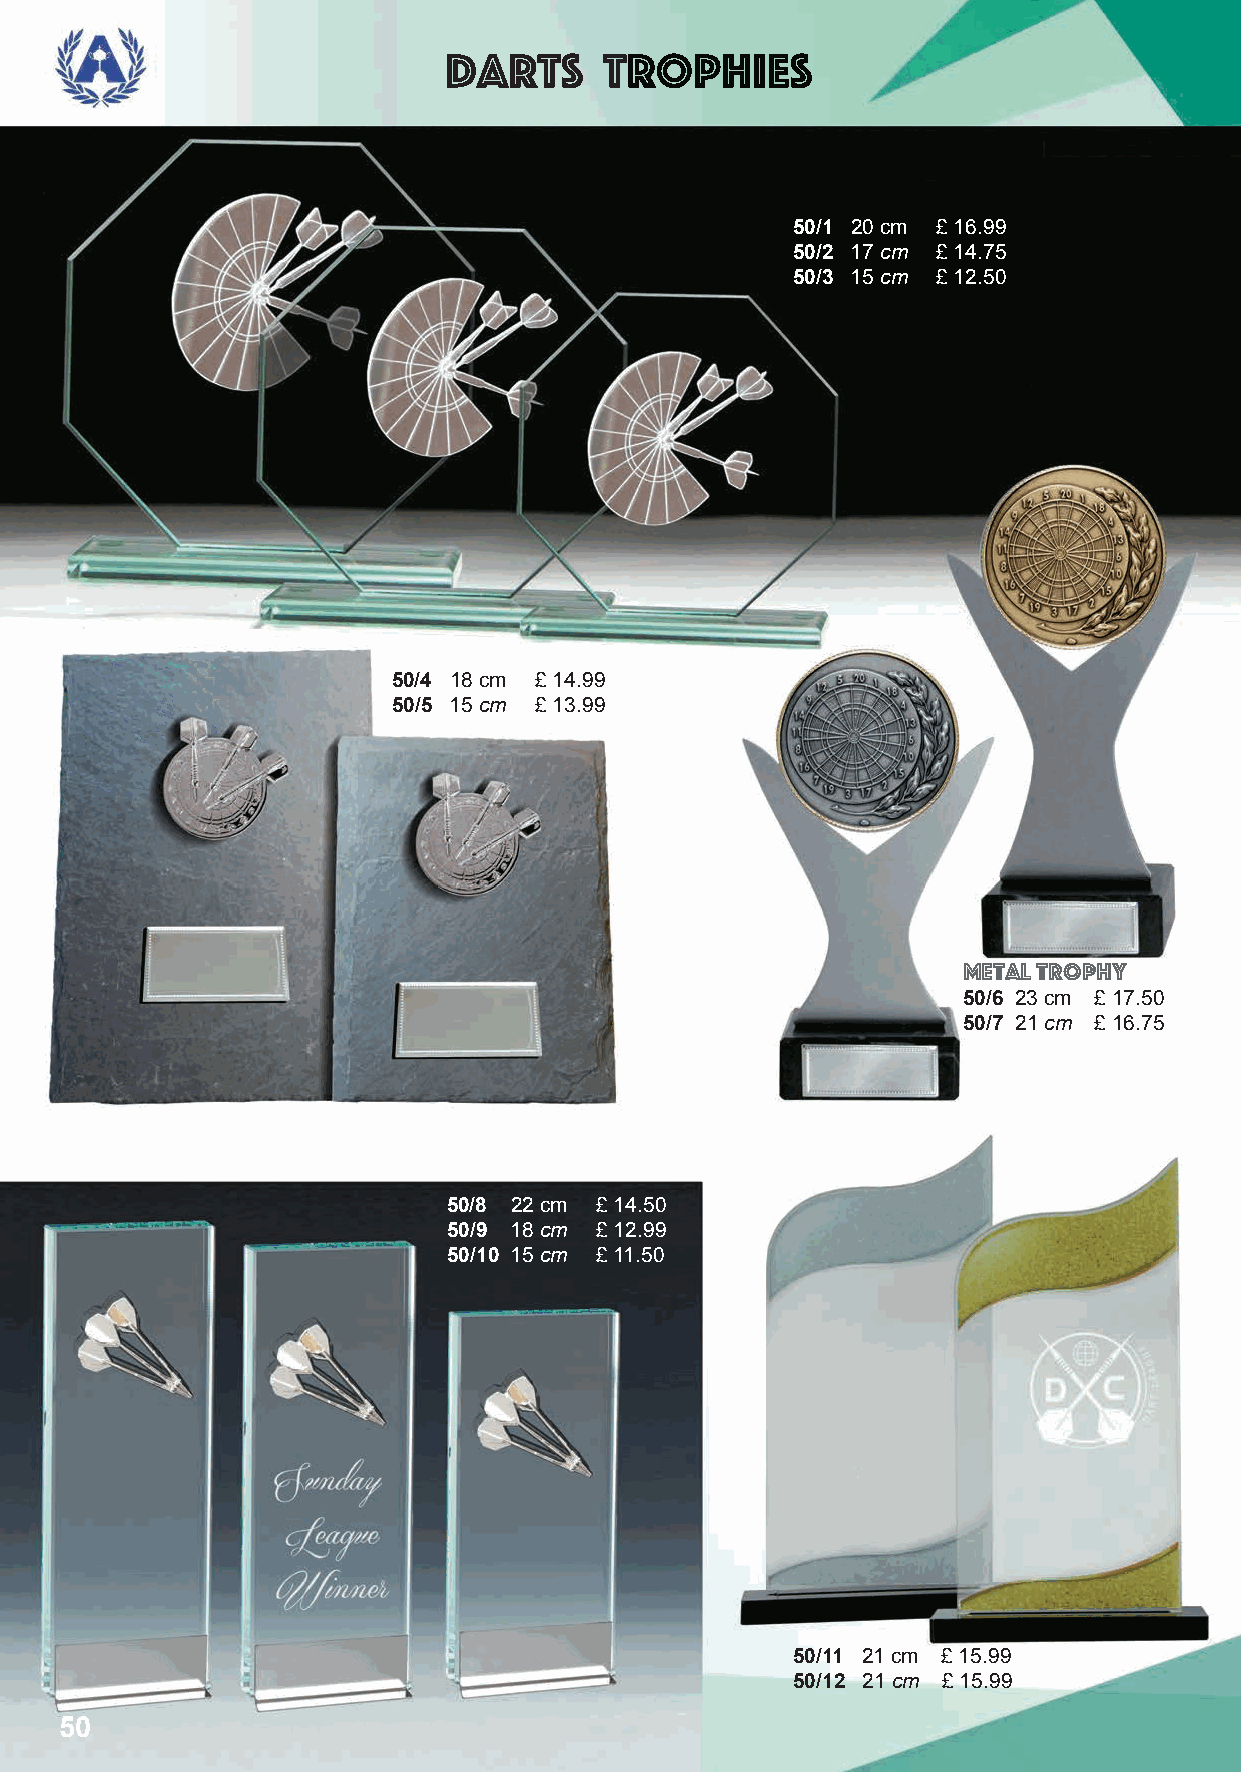
Darts      Trophies
 50/1 20 cm £ 16.99
 50/2 17 cm £ 14.75
 50/3 15 cm £ 12.50
 50/4 18 cm £ 14.99
 50/5 15 cm £ 13.99
 metal trophy
 50/6 23 cm £ 17.50
 50/7 21 cm £ 16.75
 50/8 22 cm £ 14.50
 50/9 18 cm £ 12.99
 50/10 15 cm £ 11.50
 50/11 21 cm £ 15.99
 50/12 21 cm £ 15.99
 50